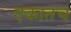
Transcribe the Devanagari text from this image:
एकातच